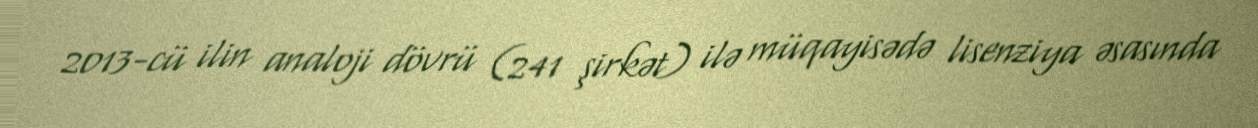
2013-cü ilin analoji dövrü (241 şirkət) ilə müqayisədə lisenziya əsasında